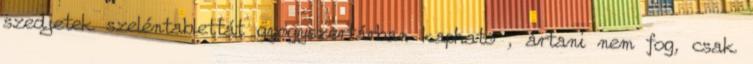
szedjetek szeléntablettát gyógyszertárban kapható , ártani nem fog, csak